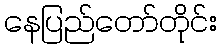
နေပြည်တော်တိုင်း